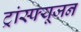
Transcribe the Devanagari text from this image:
ट्रांस्फ्यूजन